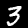
Label: 3